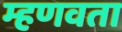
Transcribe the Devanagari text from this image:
म्हणवता